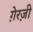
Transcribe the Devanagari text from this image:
ग़ेरज़ी